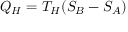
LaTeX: Q _ { H } = T _ { H } ( S _ { B } - S _ { A } )